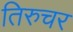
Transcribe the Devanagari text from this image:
तिरुचर